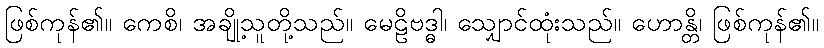
ဖြစ်ကုန်၏။ ကေစိ၊ အချို့သူတို့သည်။ မေဠိဗဒ္ဓါ၊ သျှောင်ထုံးသည်။ ဟောန္တိ၊ ဖြစ်ကုန်၏။